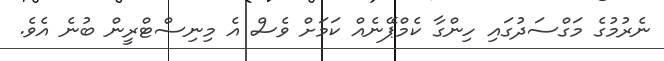
ނެރުމުގެ މަގްސަދުގައި ހިންގާ ކެމްޕޭނެއް ކަމަށް ވެސް އެ މިނިސްޓްރީން ބުނެ އެވެ.